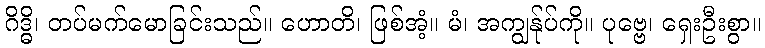
ဂိဒ္ဓိ၊ တပ်မက်မောခြင်းသည်။ ဟောတိ၊ ဖြစ်အံ့။ မံ၊ အကျွန်ုပ်ကို။ ပုဗ္ဗေ၊ ရှေးဦးစွာ။